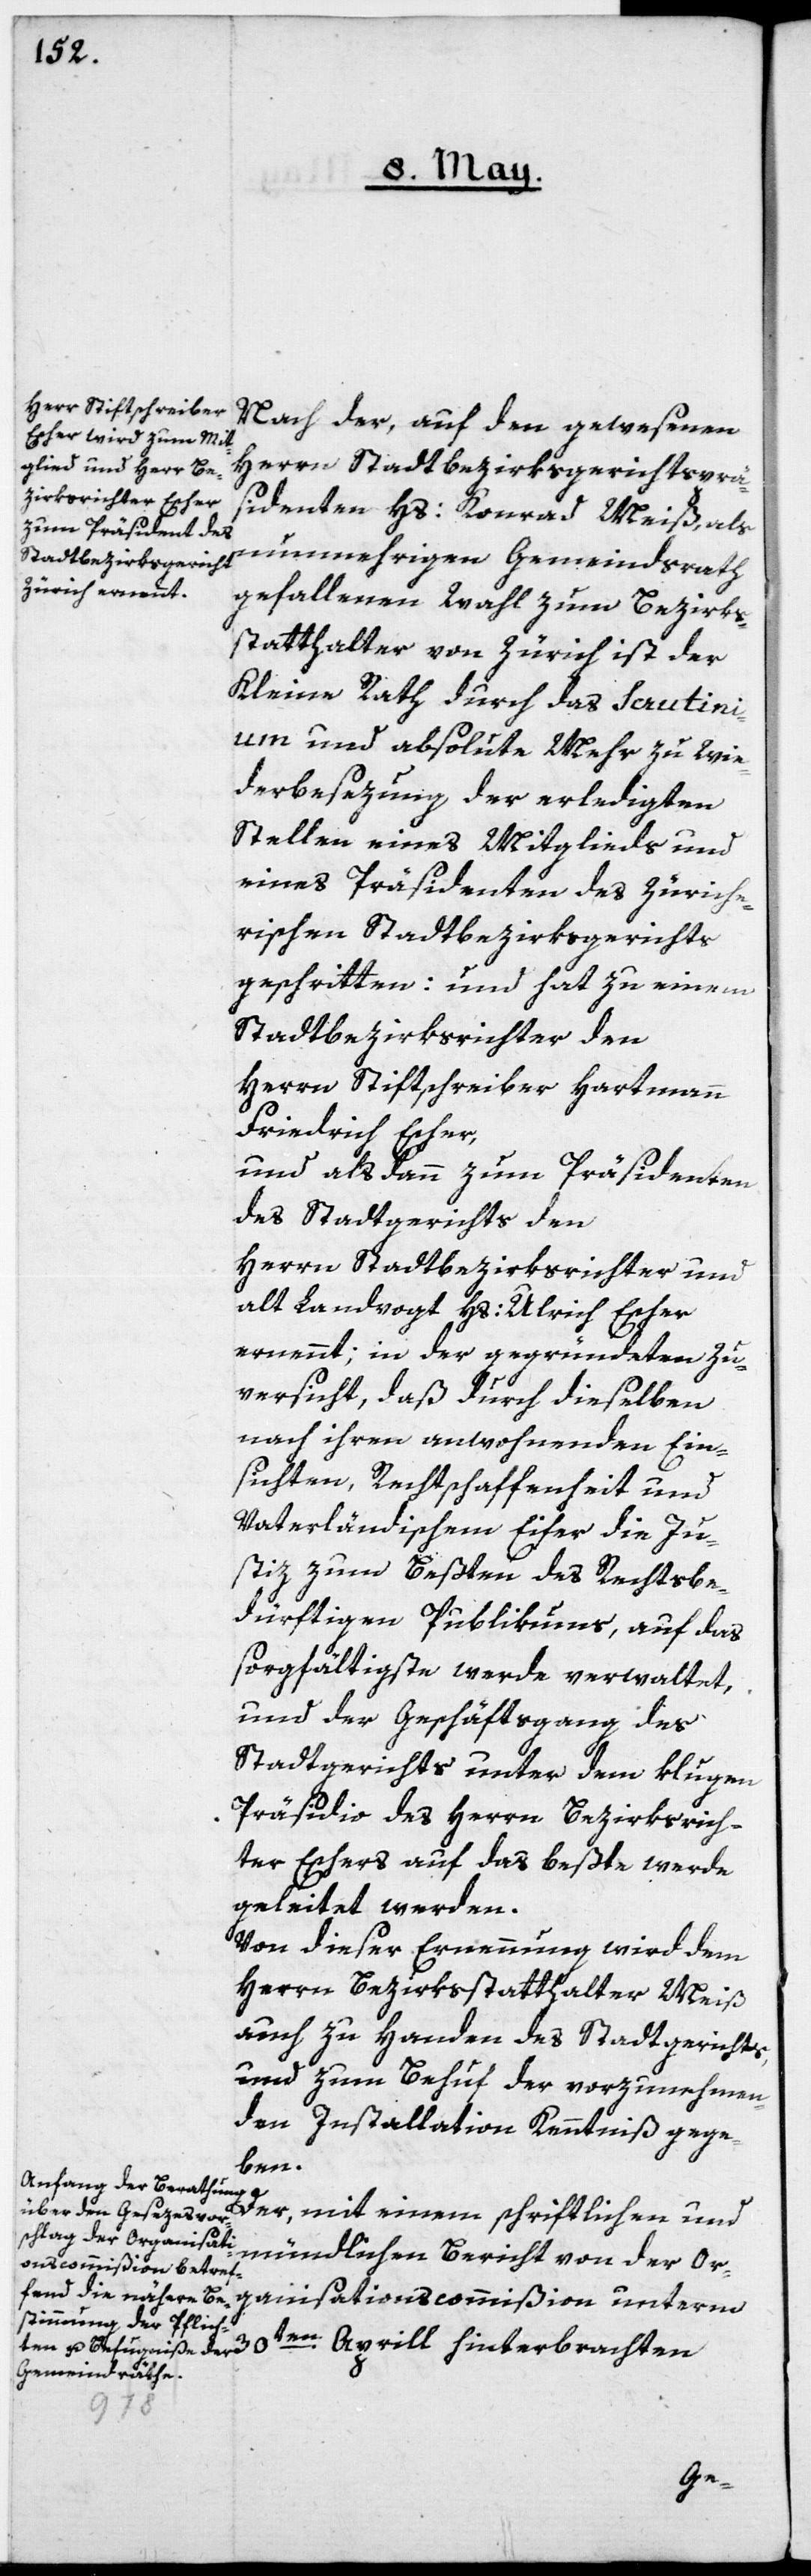
Nach der, auf den gewesenen
Herrn Stadtbezirksgerichtsprä¬
sidenten Hs: Konrad Meiß, als
nunmehrigen Gemeindsrath
gefallenen Wahl zum Bezirks¬
statthalter von Zürich, ist der
Kleine Rath durch das Scrutini¬
um und absolute Mehr zu Wie¬
derbesezung der erledigten
Stellen eines Mitglieds und
eines Präsidenten des Zürche¬
rischen Stadtbezirksgerichts
geschritten: und hat zu einem
Stadtbezirksrichter den
Herrn Stiftschreiber Hartmann
Friedrich Escher,
und alsdann zum Präsidenten
des Stadtgerichts den
Herrn Stadtbezirksrichter und
alt Landvogt Hs: Ulrich Escher
ernennt; in der gegründeten Zu¬
versicht, daß durch dieselben
nach ihren anwohnenden Ein¬
sichten, Rechtschaffenheit und
Vaterländischem Eifer die Ju¬
stiz zum Beßten des Rechtsbe¬
dürftigen Publikums, auf das
sorgfältigste werde verwaltet,
und der Geschäftsgang des
Stadtgerichts unter dem klugen
Präsidio des Herrn Bezirksrich¬
ter Escher auf das beßte werde
geleitet werden.
Von dieser Ernennung wird dem
Herrn Bezirksstatthalter Meiß
auch zu Handen des Stadtgerichts
und zum Behuf der vorzunehmen¬
den Installation Kenntniß gege¬
ben.
Der, mit einem schriftlichen und
mündlichen Bericht von der Or¬
ganisationscommißion unterm